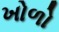
ખોળો